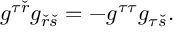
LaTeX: g ^ { \tau \check { r } } g _ { \check { r } \check { s } } = - g ^ { \tau \tau } g _ { \tau \check { s } } .